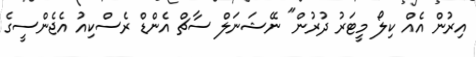
އިރުން އެއް ކިލޯ މީޓަރު ދުރުން" ނޭޝަނަލް ސާޗް އެންޑް ރެސްކިއު އެޖެންސީގެ